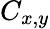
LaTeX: C_{x,y}